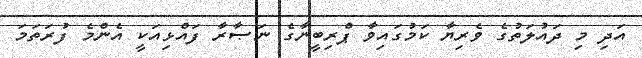
އަދި މި ދައުލަތުގެ ވެރިޔާ ކަމުގައިވާ ޕްރިބީނާގެ ނަޞާރާ ފައްޅިއަކީ އެންމެ ފުރަތަމަ